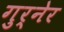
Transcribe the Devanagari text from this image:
गुर्नेर